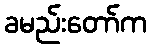
ခမည်းတော်က